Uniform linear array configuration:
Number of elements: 48
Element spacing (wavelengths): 0.5
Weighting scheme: exponential
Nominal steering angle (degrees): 15
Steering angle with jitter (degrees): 14.52
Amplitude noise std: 0.05
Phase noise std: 0.05

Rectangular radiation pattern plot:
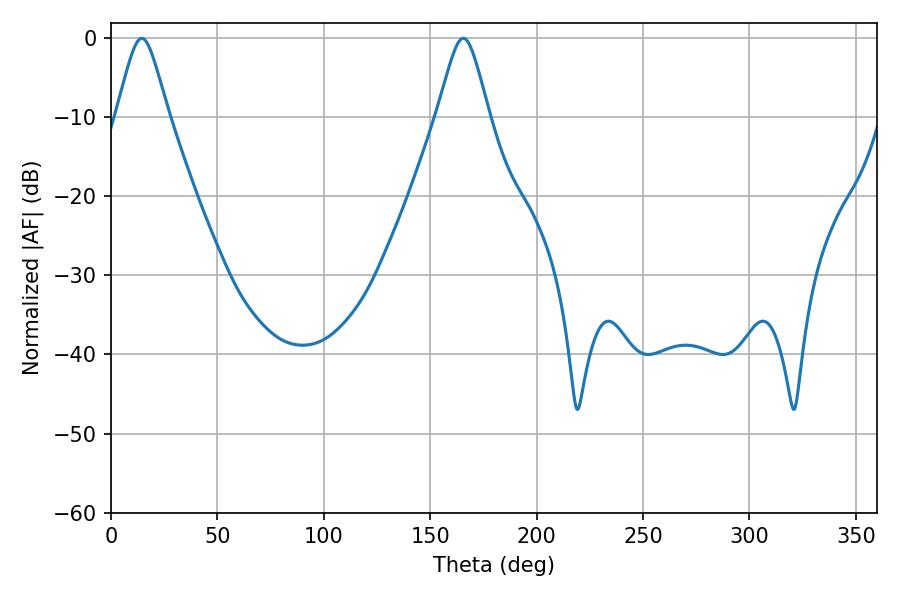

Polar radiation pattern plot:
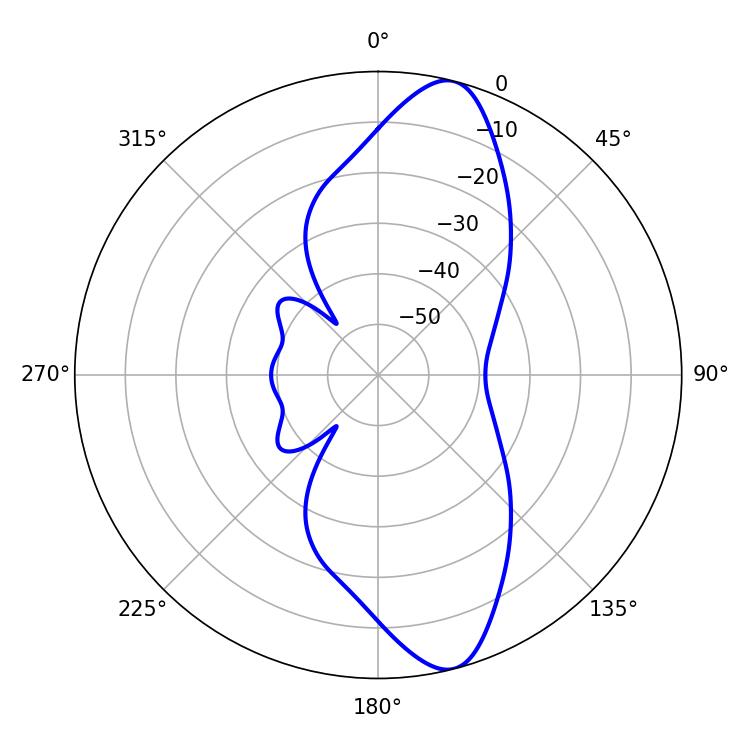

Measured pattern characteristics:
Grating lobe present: FALSE
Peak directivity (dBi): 12.04
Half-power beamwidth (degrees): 11.7
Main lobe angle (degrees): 14.4